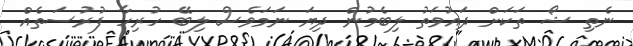
ނެތި ޝޯ ތަކަށް ދައުވަތު ލިބެމުން ދިޔަ ނަމަވެސް ލިބޭ ހުރިހާ ފުރުސަތެއް